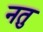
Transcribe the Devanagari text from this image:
नतु